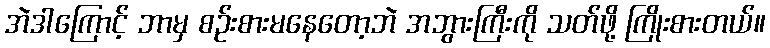
အဲဒါကြောင့် ဘာမှ စဉ်းစားမနေတော့ဘဲ အဘွားကြီးကို သတ်ဖို့ ကြိုးစားတယ်။